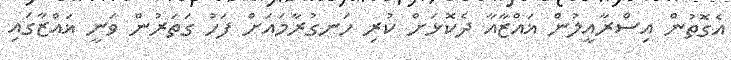
އެގޮތުން އިސްރާއީލުން ޣައްޒާއާ ދެކޮޅަށް ކުރި ހަނގުރާމައަށް ފަހު ގަތަރުން ވަނީ ޣައްޒާގައި